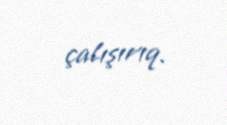
çalışırıq.